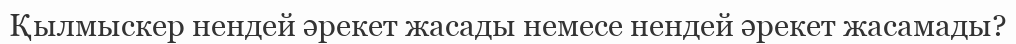
Қылмыскер нендей әрекет жасады немесе нендей әрекет жасамады?